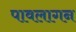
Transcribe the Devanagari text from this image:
पावलागन